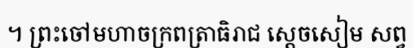
។ ព្រះចៅមហាចក្រពត្រាធិរាជ ស្តេចសៀម សព្វ